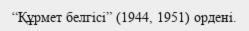
“Құрмет белгісі” (1944, 1951) ордені.